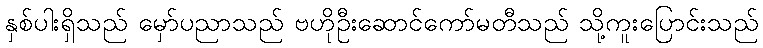
နှစ်ပါးရှိသည် မှော်ပညာသည် ဗဟိုဦးဆောင်ကော်မတီသည် သို့ကူးပြောင်းသည်